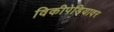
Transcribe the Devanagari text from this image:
विकीपेडियावर